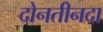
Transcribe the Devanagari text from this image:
दोनतीनदा